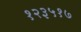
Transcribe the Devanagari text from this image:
१२३५१७